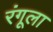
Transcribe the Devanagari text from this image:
रंगूला